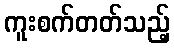
ကူးစက်တတ်သည့်